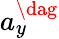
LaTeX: a_{y}^{\dag}